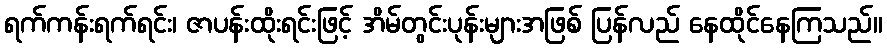
ရက်ကန်းရက်ရင်း၊ ဇာပန်းထိုးရင်းဖြင့် အိမ်တွင်းပုန်းများအဖြစ် ပြန်လည် နေထိုင်နေကြသည်။